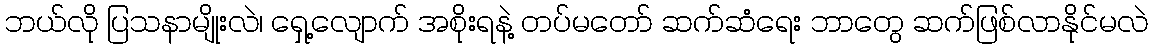
ဘယ်လို ပြသနာမျိုးလဲ၊ ရှေ့လျောက် အစိုးရနဲ့ တပ်မတော် ဆက်ဆံရေး ဘာတွေ ဆက်ဖြစ်လာနိုင်မလဲ